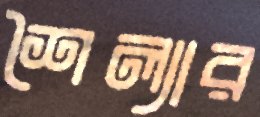
শৈল্যার